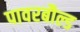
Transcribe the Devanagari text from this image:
पावरबौल्ड